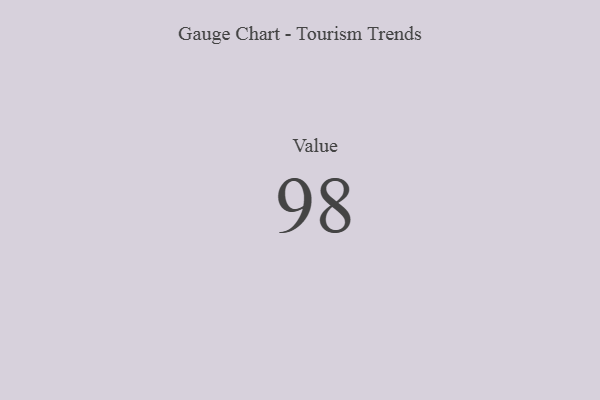
{"axis": {"x": "Metric", "y": "Value"}, "legend": [""], "data": [{"x": "Value", "y": 98, "type": ""}]}